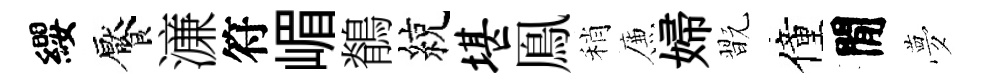
纓饜濓符嵋鶺綂堪鳯稍簾婦翫僮閒夢